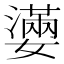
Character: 𡣩